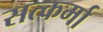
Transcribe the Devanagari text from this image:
सत्कर्मा